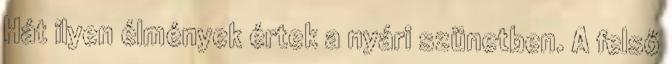
Hát ilyen élmények értek a nyári szünetben. A felső